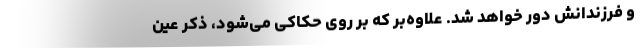
و فرزندانش دور خواهد شد. علاوه‌بر که بر روی حکاکی می‌شود، ذکر عین